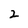
Character: 2